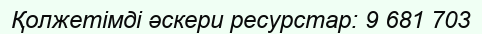
Қолжетімді әскери ресурстар: 9 681 703